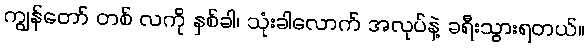
ကျွန်တော် တစ် လကို နှစ်ခါ၊ သုံးခါလောက် အလုပ်နဲ့ ခရီးသွားရတယ်။